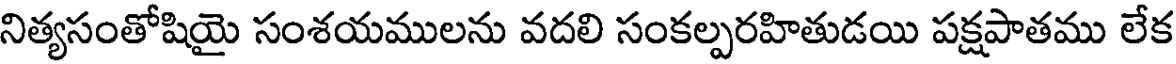
నిత్యసంతోషియై సంశయములను వదలి సంకల్పరహితుడయి పక్షపాతము లేక